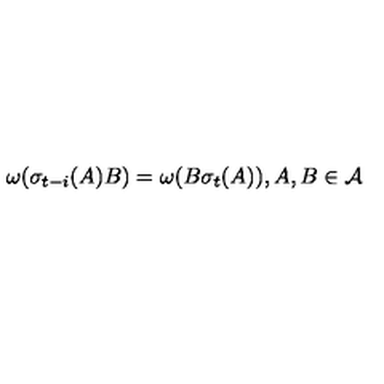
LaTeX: \omega ( \sigma _ { t - i } ( A ) B ) = \omega ( B \sigma _ { t } ( A ) ) , A , B \in \mathcal { A }